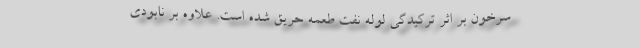
سرخون بر اثر ترکیدگی لوله نفت طعمه حریق شده است. علاوه بر نابودی